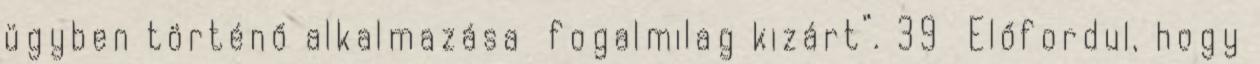
ügyben történő alkalmazása fogalmilag kizárt”. 39 Előfordul, hogy